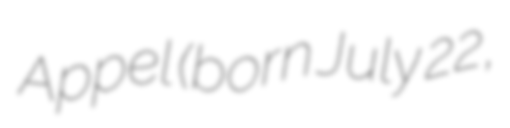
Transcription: Appel (born July 22,